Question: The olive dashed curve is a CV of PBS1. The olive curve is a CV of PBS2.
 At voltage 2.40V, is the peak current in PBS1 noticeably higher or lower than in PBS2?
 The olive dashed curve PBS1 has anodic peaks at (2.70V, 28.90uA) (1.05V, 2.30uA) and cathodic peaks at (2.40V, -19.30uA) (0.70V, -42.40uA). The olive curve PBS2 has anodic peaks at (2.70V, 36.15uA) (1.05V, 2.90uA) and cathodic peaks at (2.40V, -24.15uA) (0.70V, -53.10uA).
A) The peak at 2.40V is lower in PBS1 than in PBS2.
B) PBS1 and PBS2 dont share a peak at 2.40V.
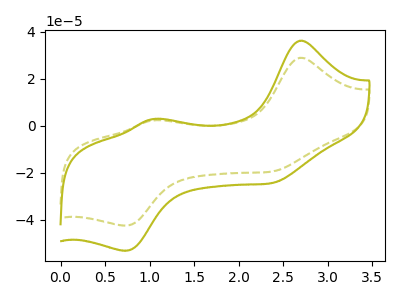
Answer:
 <answer>A) The peak at 2.40V is lower in "PBS1" than in "PBS2".</answer>
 <eval>A</eval>